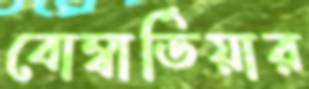
বোম্বার্ডিয়ার